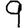
Digit: 9